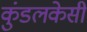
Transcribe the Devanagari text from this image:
कुंडलकेसी